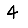
Digit: 4